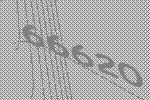
66620